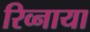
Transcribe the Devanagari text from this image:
रिव्नाया